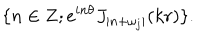
LaTeX: \{ n \in { \bf Z } ; e ^ { i n \theta } J _ { | n + \omega _ { j } | } ( k r ) \} .